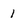
Character: 1